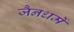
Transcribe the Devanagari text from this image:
जैनधर्मे